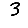
Digit: 3